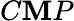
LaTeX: C\mathbf{M}P